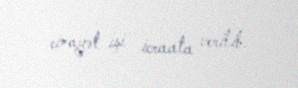
cinayət işi icraata verilib.